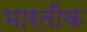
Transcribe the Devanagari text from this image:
भारतीक